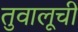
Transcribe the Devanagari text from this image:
तुवालूची